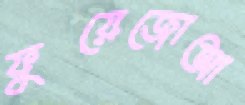
ফুয়েজোআ